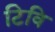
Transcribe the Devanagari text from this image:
टिवि